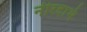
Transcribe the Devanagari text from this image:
नीरदाभं